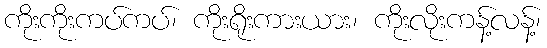
ကိုးကိုးကပ်ကပ်၊ ကိုးရိုးကားယား၊ ကိုးလိုးကန့်လန့်၊